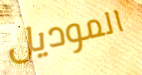
الموديل